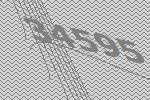
34595